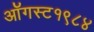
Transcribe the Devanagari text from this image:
ऑगस्ट१९८४